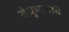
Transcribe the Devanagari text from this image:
बंधुभावाचे